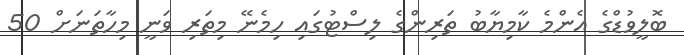
ބޮލީވުޑްގެ އެންމެ ކާމިޔާބު ތަރިންގެ ލިސްޓުގައި ހިމެނޭ މިތަރި ވަނީ މިހާތަނަށް 50